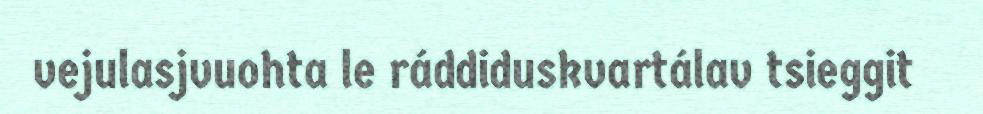
vejulasjvuohta le ráddiduskvartálav tsieggit